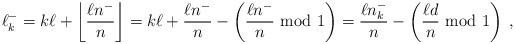
LaTeX: \begin{align*}\ell_k^- = k \ell + \left\lfloor \frac{\ell n^-}{n} \right\rfloor =k \ell + \frac{\ell n^-}{n} - \left( \frac{\ell n^-}{n} {\rm ~mod~} 1 \right) =\frac{\ell n_k^-}{n} - \left( \frac{\ell d}{n} {\rm ~mod~} 1 \right) \;,\end{align*}